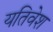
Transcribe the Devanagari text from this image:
यतिवेश